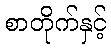
စာတိုက်နှင့်